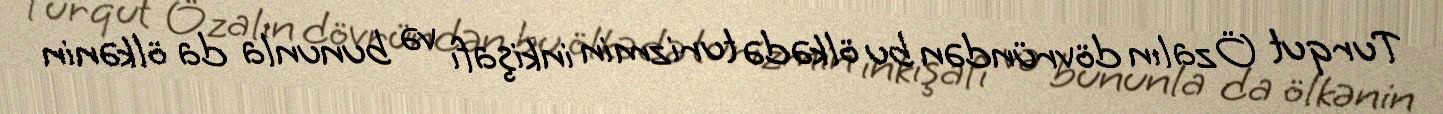
Turqut Özalın dövründən bu ölkədə turizmin inkişafı və bununla da ölkənin